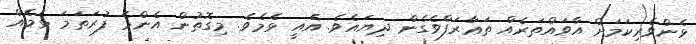
ޅެންވެރިކަމަށް އާވައްތަރެއް ތަޢާރަފްވެގެން ދިޔައެވެ. އެއީ ޅެމެވެ. މިގޮތުން އެންމެ ފުރަތަމަ ޅެމެއް